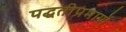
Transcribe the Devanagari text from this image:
पद्धतीप्रमाणें